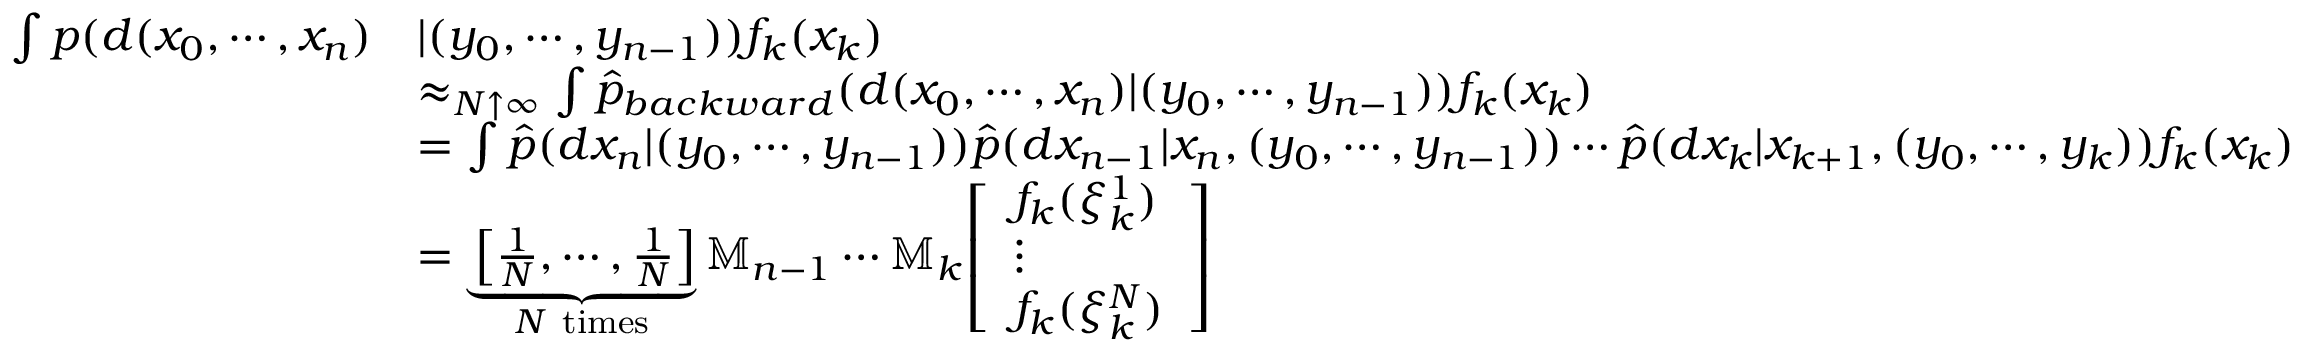
{ \begin{array} { r l } { \int p ( d ( x _ { 0 } , \cdots , x _ { n } ) } & { | ( y _ { 0 } , \cdots , y _ { n - 1 } ) ) f _ { k } ( x _ { k } ) } \\ & { \approx _ { N \uparrow \infty } \int { \widehat { p } } _ { b a c k w a r d } ( d ( x _ { 0 } , \cdots , x _ { n } ) | ( y _ { 0 } , \cdots , y _ { n - 1 } ) ) f _ { k } ( x _ { k } ) } \\ & { = \int { \widehat { p } } ( d x _ { n } | ( y _ { 0 } , \cdots , y _ { n - 1 } ) ) { \widehat { p } } ( d x _ { n - 1 } | x _ { n } , ( y _ { 0 } , \cdots , y _ { n - 1 } ) ) \cdots { \widehat { p } } ( d x _ { k } | x _ { k + 1 } , ( y _ { 0 } , \cdots , y _ { k } ) ) f _ { k } ( x _ { k } ) } \\ & { = \underbrace { \left[ { \frac { 1 } { N } } , \cdots , { \frac { 1 } { N } } \right] } _ { N { \mathrm { ~ t i m e s } } } \mathbb { M } _ { n - 1 } \cdots \mathbb { M } _ { k } { \left[ \begin{array} { l } { f _ { k } ( \xi _ { k } ^ { 1 } ) } \\ { \vdots } \\ { f _ { k } ( \xi _ { k } ^ { N } ) } \end{array} \right] } } \end{array} }